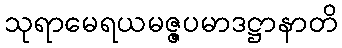
သုရာမေရယမဇ္ဇပမာဒဋ္ဌာနာတိ